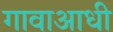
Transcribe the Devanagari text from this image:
गावाआधी